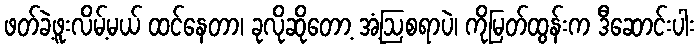
ဖတ်ခဲ့ဖူးလိမ့်မယ် ထင်နေတာ၊ ခုလိုဆိုတော့ အံ့ဩစရာပဲ၊ ကိုမြတ်ထွန်းက ဒီဆောင်းပါး